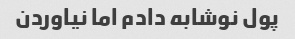
پول نوشابه دادم اما نیاوردن